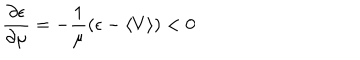
\frac { \partial \epsilon } { \partial \mu } = - \frac { 1 } { \mu } ( \epsilon - \langle V \rangle ) < 0